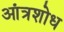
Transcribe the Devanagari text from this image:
आंत्रशोध